Report of the veterinary officer investigating camel disease
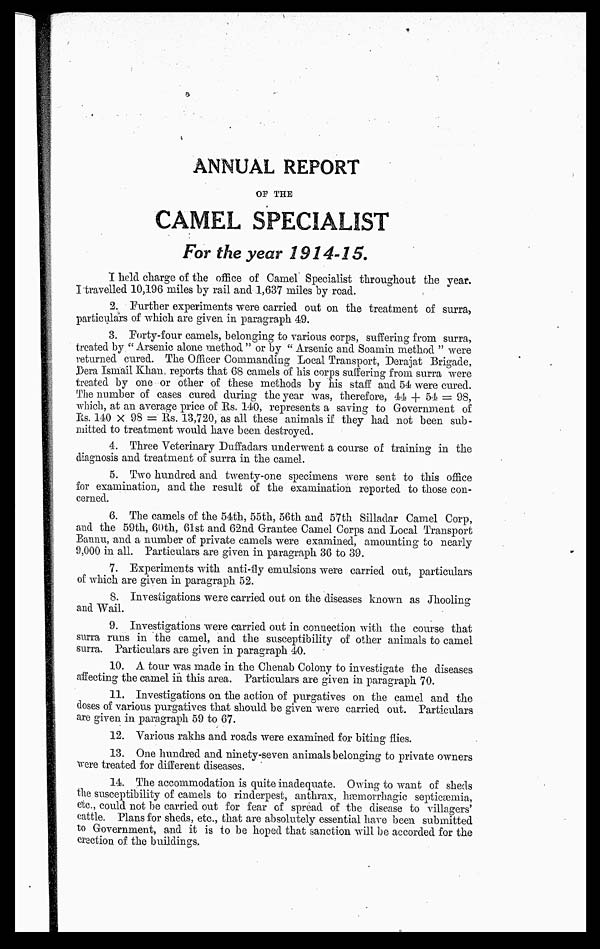
ANNUAL REPORT
OF THE
CAMEL SPECIALIST
For the year 1914-15.
I held charge of the office of Camel Specialist throughout the year.
I travelled 10,196 miles by rail and 1,637 miles by road.
2. Further experiments were carried out on the treatment of surra,
particulars of which are given in paragraph 49.
3. Forty-four camels, belonging to various corps, suffering from surra,
treated by " Arsenic alone method " or by " Arsenic and Soamin method " were
returned cured. The Officer Commanding Local Transport, Derajat Brigade,
Dera Ismail Khan reports that 68 camels of his corps suffering from surra were
treated by one or other of these methods by his staff and 54 were cured.
The number of cases cured during the year was, therefore, 44 + 54 = 98,
which, at an average price of Rs. 140, represents a saving to Government of
Rs. 140 × 98 = Rs. 13,720, as all these animals if they had not been sub-
mitted to treatment would have been destroyed.
4. Three Veterinary Duffadars underwent a course of training in the
diagnosis and treatment of surra in the camel.
5. Two hundred and twenty-one specimens were sent to this office
for examination, and the result of the examination reported to those con-
cerned.
6. The camels of the 54th, 55th, 56th and 57th Silladar Camel Corp,
and the 59th, 60th, 61st and 62nd Grantee Camel Corps and Local Transport
Bannu, and a number of private camels were examined, amounting to nearly
9,000 in all. Particulars are given in paragraph. 36 to 39.
7. Experiments with anti-fly emulsions were carried out, particulars
of which are given in paragraph 52.
8. Investigations were carried out on the diseases known as Jhooling
and Wail.
9. Investigations were carried out in connection with the course that
surra runs in the camel, and the susceptibility of other animals to camel
surra. Particulars are given in paragraph 40.
10. A tour was made in the Chenab Colony to investigate the diseases
affecting the camel in this area. Particulars are given in paragraph 70.
11. Investigations on the action of purgatives on the camel and the
doses of various purgatives that should be given were carried out. Particulars
are given in paragraph 59 to 67.
12. Various rakhs and roads were examined for biting flies.
13. One hundred and ninety-seven animals belonging to private owners
were treated for different diseases.
14. The accommodation is quite inadequate. Owing to want of sheds
the susceptibility of camels to rinderpest, anthrax, haemorrhagic septicemia,
etc., could not be carried out for fear of spread of the disease to villagers'
cattle. Plans for sheds, etc., that are absolutely essential have been submitted
to Government, and it is to be hoped that sanction will be accorded for the
erection of the buildings.